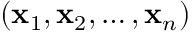
\left( \mathbf { x } _ { 1 } , \mathbf { x } _ { 2 } , \ldots , \mathbf { x } _ { n } \right)